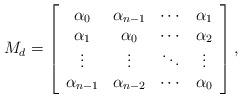
LaTeX: \begin{align*}M_d = \left[\begin{array}{cccc}\alpha_0 & \alpha_{n-1} & \cdots & \alpha_1 \\\alpha_1 & \alpha_0 & \cdots & \alpha_2 \\\vdots & \vdots & \ddots & \vdots \\ \alpha_{n-1} & \alpha_{n-2} & \cdots& \alpha_0 \\\end{array}\right], \end{align*}